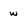
Character: w